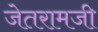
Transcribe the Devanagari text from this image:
जेतरामजी